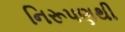
નિરૂપણથી